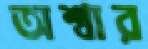
অশ্বার